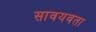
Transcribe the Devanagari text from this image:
सावयवता